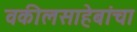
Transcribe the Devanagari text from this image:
वकीलसाहेबांचा